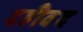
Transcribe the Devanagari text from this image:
दहीवद